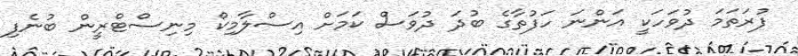
ފުރަތަމަ ދުވަހަކީ އަންނަ ހަފުތާގެ ބުދަ ދުވަސް ކަމަށް އިސްލާމިކް މިނިސްޓްރީން ބުނެފި